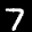
Label: 7